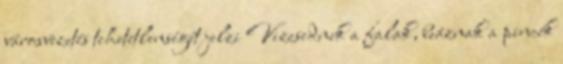
városvezetés tehetetlenségét jelzi Vizesednek a falak, beáznak a pincék